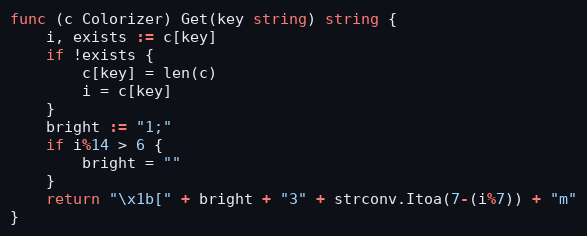
Language: Go
func (c Colorizer) Get(key string) string {
	i, exists := c[key]
	if !exists {
		c[key] = len(c)
		i = c[key]
	}
	bright := "1;"
	if i%14 > 6 {
		bright = ""
	}
	return "\x1b[" + bright + "3" + strconv.Itoa(7-(i%7)) + "m"
}